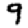
Digit: 9